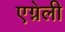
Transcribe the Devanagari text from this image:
एग्नेली